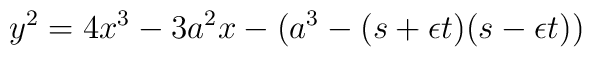
y^2=4x^3 -3a^2x -(a^3-(s+ \epsilon t)(s-\epsilon t))